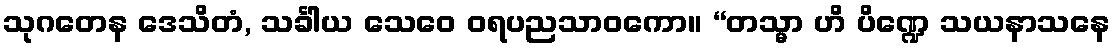
သုဂတေန ဒေသိတံ, သင်္ခါယ သေဝေ ဝရပညသာဝကော။ “တသ္မာ ဟိ ပိဏ္ဍေ သယနာသနေ